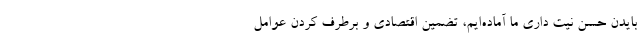
بایدن حسن نیت داری ما آماده‌ایم، تضمین اقتصادی و برطرف کردن عوامل